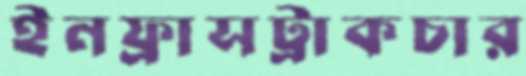
ইনফ্রাসট্রাকচার